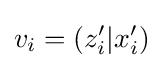
v_{i}=\left(z_{i}^{\prime }|x_{i}^{\prime }\right)